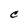
Character: C